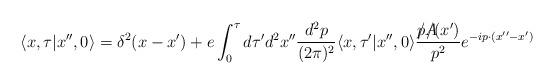
LaTeX: \begin{align*}\langle x,\tau\vert x'',0\rangle=\delta^2(x-x')+e\int_0^\tau d\tau'd^2x''{d^2p\over (2\pi)^2}\langle x,\tau'\vert x'',0\rangle {p\!\!\!\slash A\!\!\!\!\slash(x')\over p^2}e^{-ip\cdot (x''-x')}\;\;\end{align*}